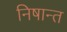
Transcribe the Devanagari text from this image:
निषान्त